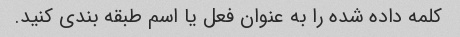
کلمه داده شده را به عنوان فعل یا اسم طبقه بندی کنید.